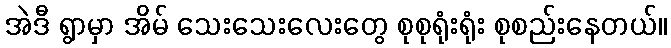
အဲဒီ ရွာမှာ အိမ် သေးသေးလေးတွေ စုစုရုံးရုံး စုစည်းနေတယ်။